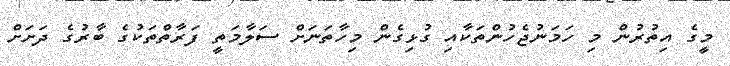
މީގެ އިތުރުން މި ހަމަނުޖެހުންތަކާއި ގުޅިގެން މިހާތަނަށް ސަލާމަތީ ފަރާތްތަކުގެ ބާރުގެ ދަށަށް